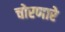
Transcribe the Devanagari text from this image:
चोरणारे